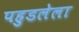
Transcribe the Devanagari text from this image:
पहुडलेला